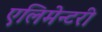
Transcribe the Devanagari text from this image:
एलिमेन्टरी